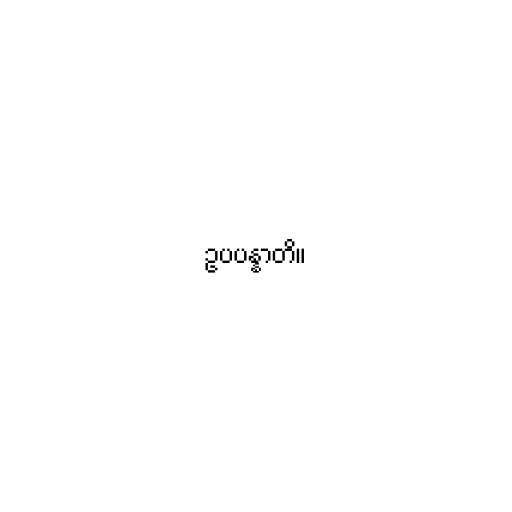
ဥပပန္နာတိ။